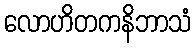
လောဟိတကနိဘာသံ